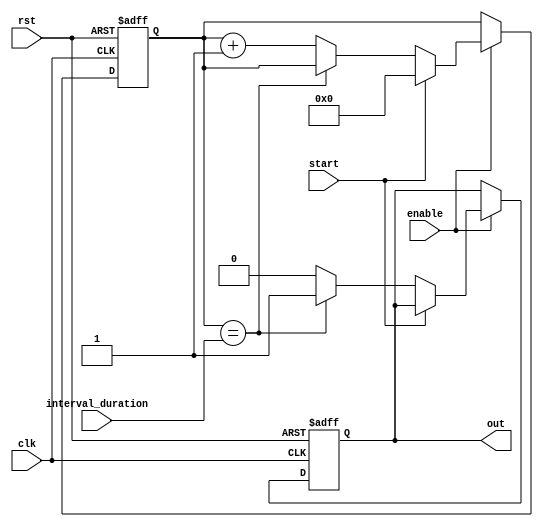
module IntervalTimer (
    input wire clk,       // Clock signal
    input wire rst,       // Reset signal
    input wire start,     // Start signal
    input wire enable,    // Enable signal
    input wire [31:0] interval_duration,    // Interval duration
    output reg out        // Output signal to indicate interval has elapsed
);

reg [31:0] count;    // Counter to count the specified interval

always @ (posedge clk or posedge rst) begin
    if (rst) begin
        count <= 0;
        out <= 0;
    end else begin
        if (enable) begin
            if (start) begin
                count <= 0;
            end else begin
                if (count == interval_duration) begin
                    out <= 1;
                end else begin
                    count <= count + 1;
                    out <= 0;
                end
            end
        end
    end
end

endmodule